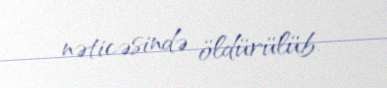
nəticəsində öldürülüb.